Cholera in southern India
Disease focus: Cholera
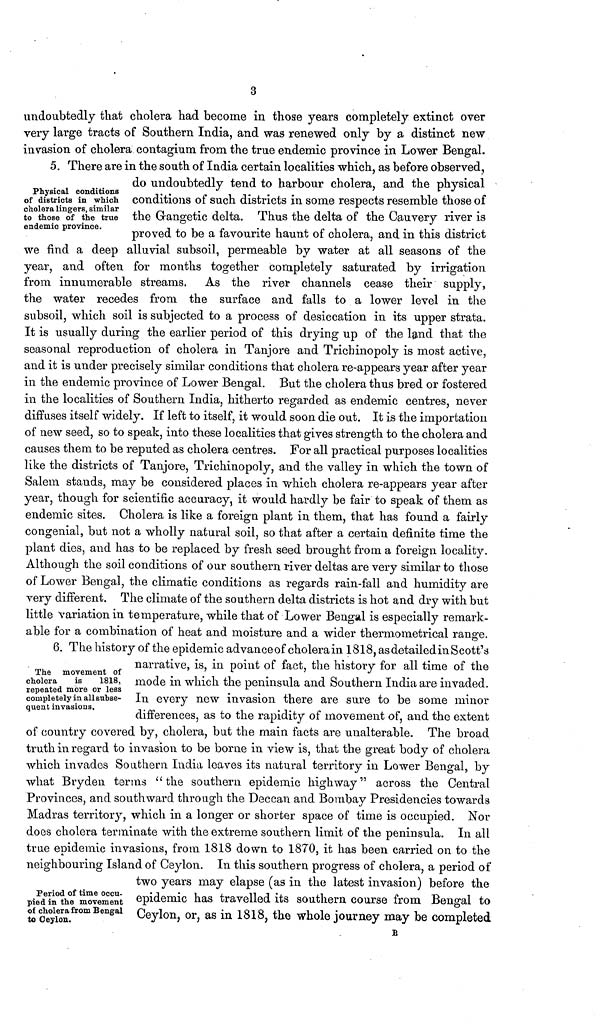
3
undoubtedly that cholera had become in those years completely extinct over
very large tracts of Southern India, and was renewed only by a distinct new
invasion of cholera contagium from the true endemic province in Lower Bengal.
Physical conditions
of districts in which
cholera lingers, similar
to those of the true
endemic province.
5. There are in the south of India certain localities which, as before observed,
do undoubtedly tend to harbour cholera, and the physical
conditions of such districts in some respects resemble those of
the Gangetic delta. Thus the delta of the Cauvery river is
proved to be a favourite haunt of cholera, and in this district
we find a deep alluvial subsoil, permeable by water at all seasons of the
year, and often for months together completely saturated by irrigation
from innumerable streams. As the river channels cease their supply,
the water recedes from the surface and falls to a lower level in the
subsoil, which soil is subjected to a process of desiccation in its upper strata.
It is usually during the earlier period of this drying up of the land that the
seasonal reproduction of cholera in Tanjore and Trichinopoly is most active,
and it is under precisely similar conditions that cholera re-appears year after year
in the endemic province of Lower Bengal. But the cholera thus bred or fostered
in the localities of Southern India, hitherto regarded as endemic centres, never
diffuses itself widely. If left to itself, it would soon die out. It is the importation
of new seed, so to speak, into these localities that gives strength to the cholera and
causes them to be reputed as cholera centres. For all practical purposes localities
like the districts of Tanjore, Trichinopoly, and the valley in which the town of
Salem stands, may be considered places in which cholera re-appears year after
year, though for scientific accuracy, it would hardly be fair to speak of them as
endemic sites. Cholera is like a foreign plant in them, that has found a fairly
congenial, but not a wholly natural soil, so that after a certain definite time the
plant dies, and has to be replaced by fresh seed brought from a foreign locality.
Although the soil conditions of our southern river deltas are very similar to those
of Lower Bengal, the climatic conditions as regards rain-fall and humidity are
very different. The climate of the southern delta districts is hot and dry with but
little variation in temperature, while that of Lower Bengal is especially remark-
able for a combination of heat and moisture and a wider therniometrical range.
The movement of
cholera
is
1818,
repeated more or less
completely in all subse-
quent invasions.
6. The history of the epidemic advance of cholera in 1818, as detailed in Scott's
narrative, is, in point of fact, the history for all time of the
mode in which the peninsula and Southern India are invaded.
In every new invasion there are sure to be some minor
differences, as to the rapidity of movement of, and the extent
of country covered by, cholera, but the main facts are unalterable. The broad
truth in regard to invasion to be borne in view is, that the great body of cholera
which invades Southern India leaves its natural territory in Lower Bengal, by
what Bryden terms "the southern epidemic highway" across the Central
Provinces, and southward through the Deccan and Bombay Presidencies towards
Madras territory, which in a longer or shorter space of time is occupied. Nor
does cholera terminate with the extreme southern limit of the peninsula. In all
true epidemic invasions, from 1818 down to 1870, it has been carried on to the
neighbouring Island of Ceylon. In this southern progress of cholera, a period of
two years may elapse (as in the latest invasion) before the
epidemic has travelled its southern course from Bengal to
Ceylon, or, as in 1818, the whole journey may be completed
B
Period of time occu-
pied in the movement
of cholera from Bengal
to Ceylon.